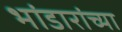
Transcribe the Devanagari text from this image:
भांडारांच्या